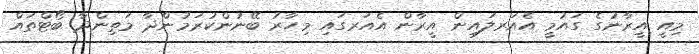
މިއީ އީރާނުގެ ގައުމީ އެއަރލައިން އީރާން އެއަރގައި މިހާރު ބޭނުންކުރަމުންދާ މަތިންދާ ބޯޓްތައް